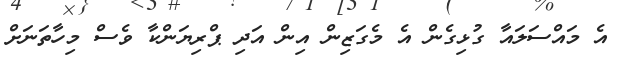
އެ މައްސަލައާ ގުޅިގެން އެ މެގަޒިން އިން އަދި ޕްރިޔަންކާ ވެސް މިހާތަނަށް